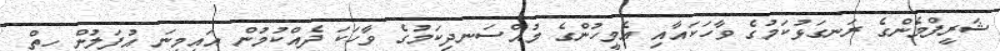
ޝަރީފްމެންގެ ރަނގަޅުކަމުގެ ވާހަކައާއި އެމީހުންގެ މުއްސަނދިކަމުގެ ވާހަކަ ދެއްކުމުން އައިމިނަ އުފަލުން ހިތް